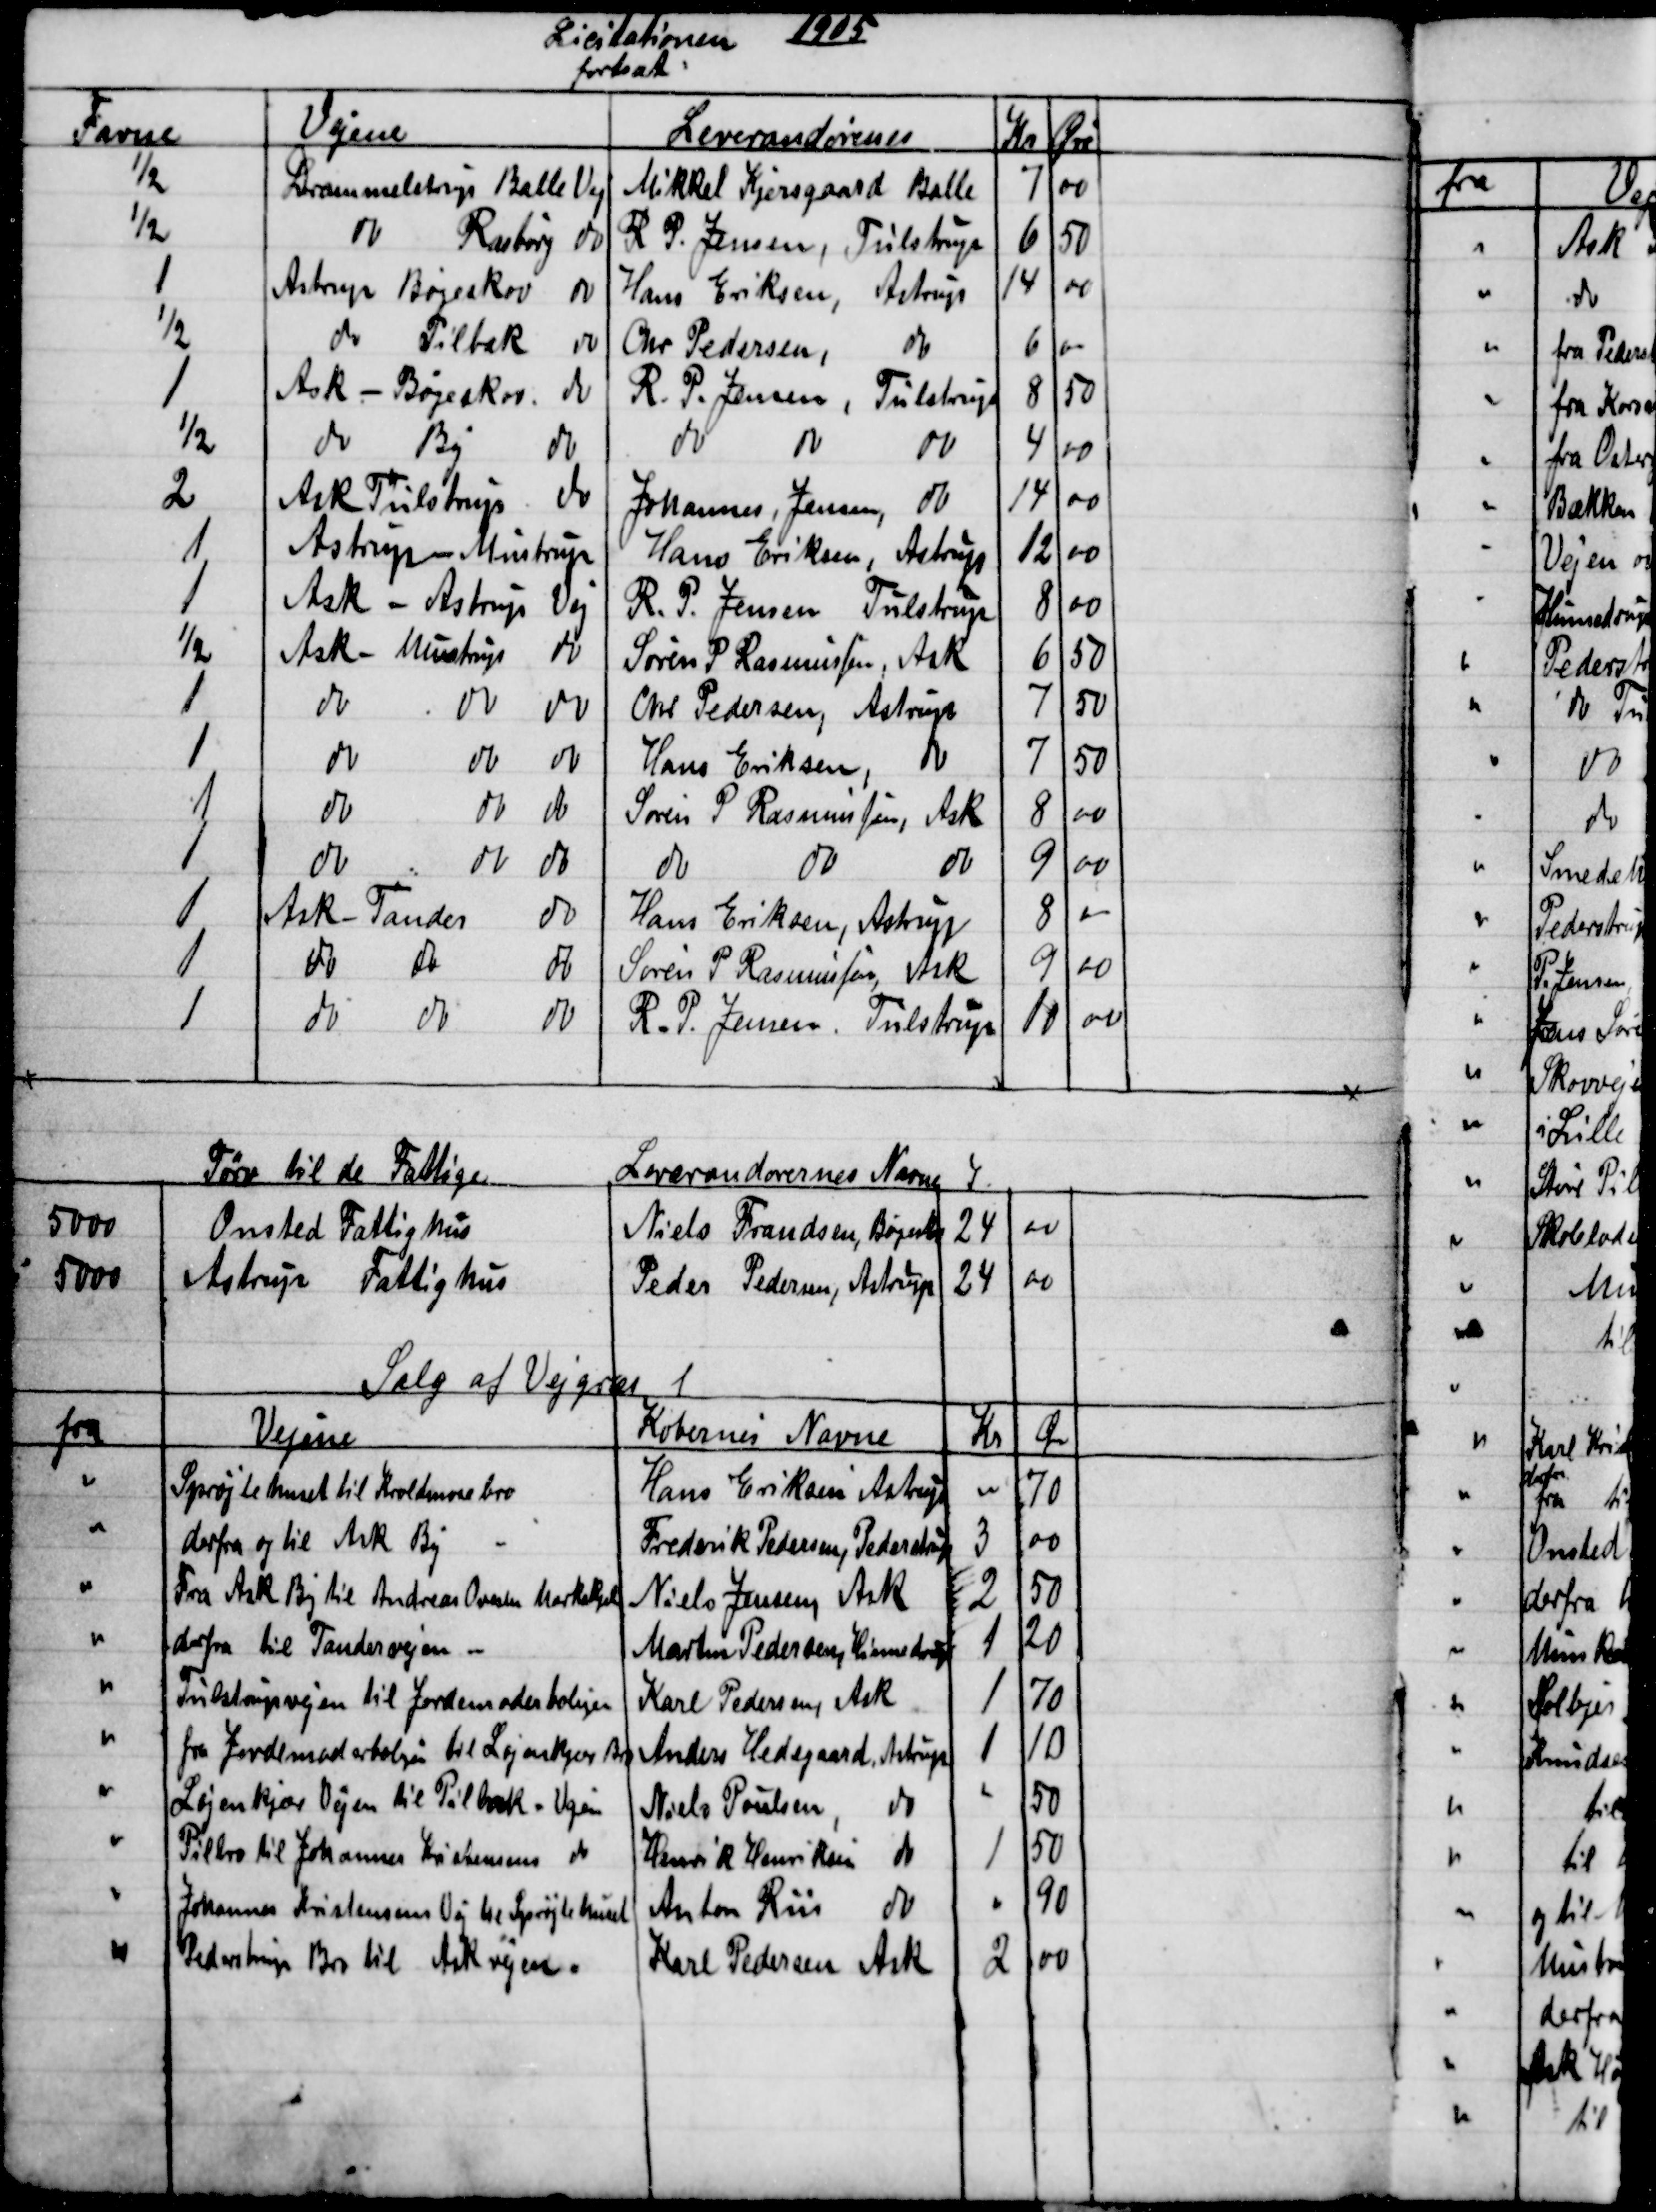
Transskription:
Licitationen 1905
fortsat
Favne
Vejene
Leverandørerne
Kr
Øre
½
Drammelstrup Balle Vej
Mikkel Kjersgaard Balle
7
00
½
do
Rasborg
do
R. P. Jensen, Tulstrup
6
50
1
Astrup Bøgeskov
do
Hans Eriksen, Astrup
14
00
½
do Pilbæk
do
Chr. Pedersen,
do
6
00
1
Ask - Bøgeskov
do
R. P. Jensen, Tulstrup
8
50
½
do By
do
do
do
do
4
00
2
Ask Tulstrup
do
Johannes, Jensen, do
14
00
1
Astrup Mustrup
Hans Eriksen, Astrup
12
00
1
Ask - Astrup
Vej
R. P. Jensen Tulstrup
8
00
½
Ask- Mustrup
do
Søren P. Rasmussen, Ask
6
50
1
do
do
do
Chr. Pedersen, Astrup
7
50
1
do
do
do
Hans Eriksen, do
7
50
1
do
do
do
Søren P Rasmussen, Ask
8
00
1
do
do
do
do
do
do
9
00
1
Ask - Tander
do
Hans Eriksen, Astrup
8
00
1
do
do
do
Søren P Rasmussen, Ask
9
00
1
do 
do 
do
R. P. Jensen, Tulstrup
10
00
Tørv til de Fattige
Leverandørernes Navne
5000
Onsted Fattighus
Niels Frandsen, Bøgeskov
24
00
5000
Astrup Fattighus
Peder Pedersen, Astrup
24
00
Salg af Vejgræs
fra
Vejene
Købernes Navne
Kr
Øre
Sprøjtehuset til Kroldmosebro
Hans Eriksen Astrup
70
derfra og til Ask By
Frederik Pedersen, Pederstrup
3
00
Fra Ask By til Andreas Ovesen Markskjel
Niels Jensen, Ask
2
50
derfra til Tandervejen 
Martin Pedersen, Hinnedrup
1
20
Tulstrupvejen til Jordemoderboligen
Karl Pedersen, Ask
1
70
fra Jordemoderbolgen til Løjenkjær Bro
Anders Hedegaard, Astrup
1
10
Løjenkjær Vejen til Pilbæk - Vejen
Niels Poulsen
do
50
Pilbro til Johannes Kristensens do
Henrik Henriksen
do
1
50
Johannes Kristensens Vej til Sprøjtehuset
Anton Riis do
90
Pederstrup Bro til Askvejen.
Karl Pedersen Ask
2
00